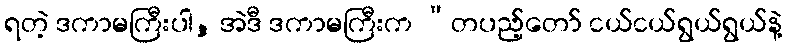
ရတဲ့ ဒကာမကြီးပါ, အဲဒီ ဒကာမကြီးက “တပည့်တော် ငယ်ငယ်ရွယ်ရွယ်နဲ့